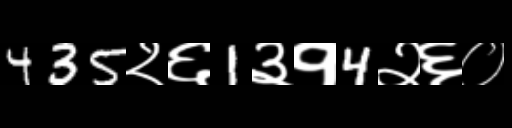
Text: 435२६1३१4२६०